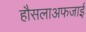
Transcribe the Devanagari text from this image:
हौसलाअफजाई